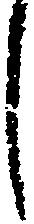
し